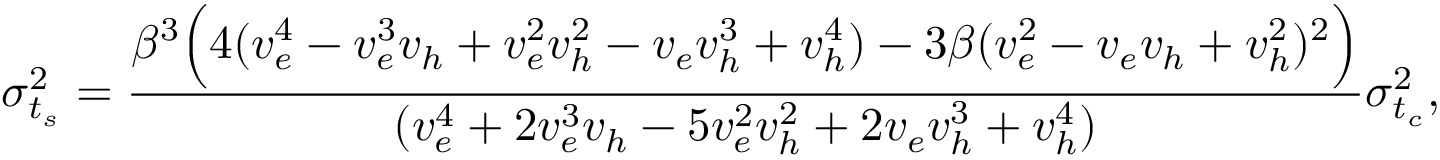
\sigma _ { t _ { s } } ^ { 2 } = \frac { \beta ^ { 3 } \Big ( 4 ( v _ { e } ^ { 4 } - v _ { e } ^ { 3 } v _ { h } + v _ { e } ^ { 2 } v _ { h } ^ { 2 } - v _ { e } v _ { h } ^ { 3 } + v _ { h } ^ { 4 } ) - 3 \beta ( v _ { e } ^ { 2 } - v _ { e } v _ { h } + v _ { h } ^ { 2 } ) ^ { 2 } \Big ) } { ( v _ { e } ^ { 4 } + 2 v _ { e } ^ { 3 } v _ { h } - 5 v _ { e } ^ { 2 } v _ { h } ^ { 2 } + 2 v _ { e } v _ { h } ^ { 3 } + v _ { h } ^ { 4 } ) } \sigma _ { t _ { c } } ^ { 2 } ,